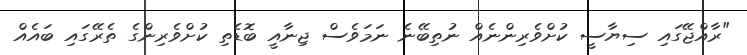
"ރާއްޖޭގައި ސިޔާސީ ކުށްވެރިންނެއް ނުތިބޭނެ ނަމަވެސް ޖިނާއީ ބޮޑެތި ކުށްވެރިންގެ ތެރޭގައި ބައެއް